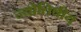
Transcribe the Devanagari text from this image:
ज्‍योतिषीय